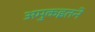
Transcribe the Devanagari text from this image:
अमुकइतने